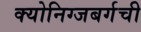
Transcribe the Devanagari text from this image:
क्योनिग्जबर्गची